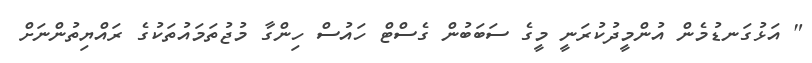
" އަޅުގަނޑުމެން އުންމީދުކުރަނީ މީގެ ސަބަބުން ގެސްޓް ހައުސް ހިންގާ މުޖުތަމައުތަކުގެ ރައްޔިތުންނަށް